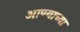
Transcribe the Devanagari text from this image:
आण्याच्या